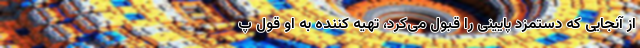
از آنجایی که دستمزد پایینی را قبول می‌کرد، تهیه کننده به او قول پ